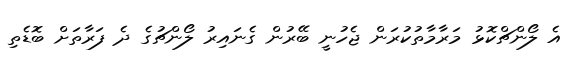
އެ ލޯންޗްކޮޅު މަރާމާތުކުރަން ޖެހުނީ ބޭރުން ގެނައިރު ލޯންޗުގެ ދެ ފަރާތަށް ބޮޑެތި